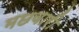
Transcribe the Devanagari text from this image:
मछवारी